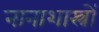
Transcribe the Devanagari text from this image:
नानाशास्त्रों